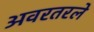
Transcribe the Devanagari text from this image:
अवरतरले